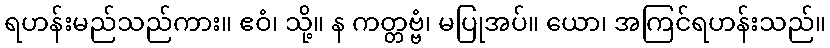
ရဟန်းမည်သည်ကား။ ဧဝံ၊ သို့။ န ကတ္တဗ္ဗံ၊ မပြုအပ်။ ယော၊ အကြင်ရဟန်းသည်။